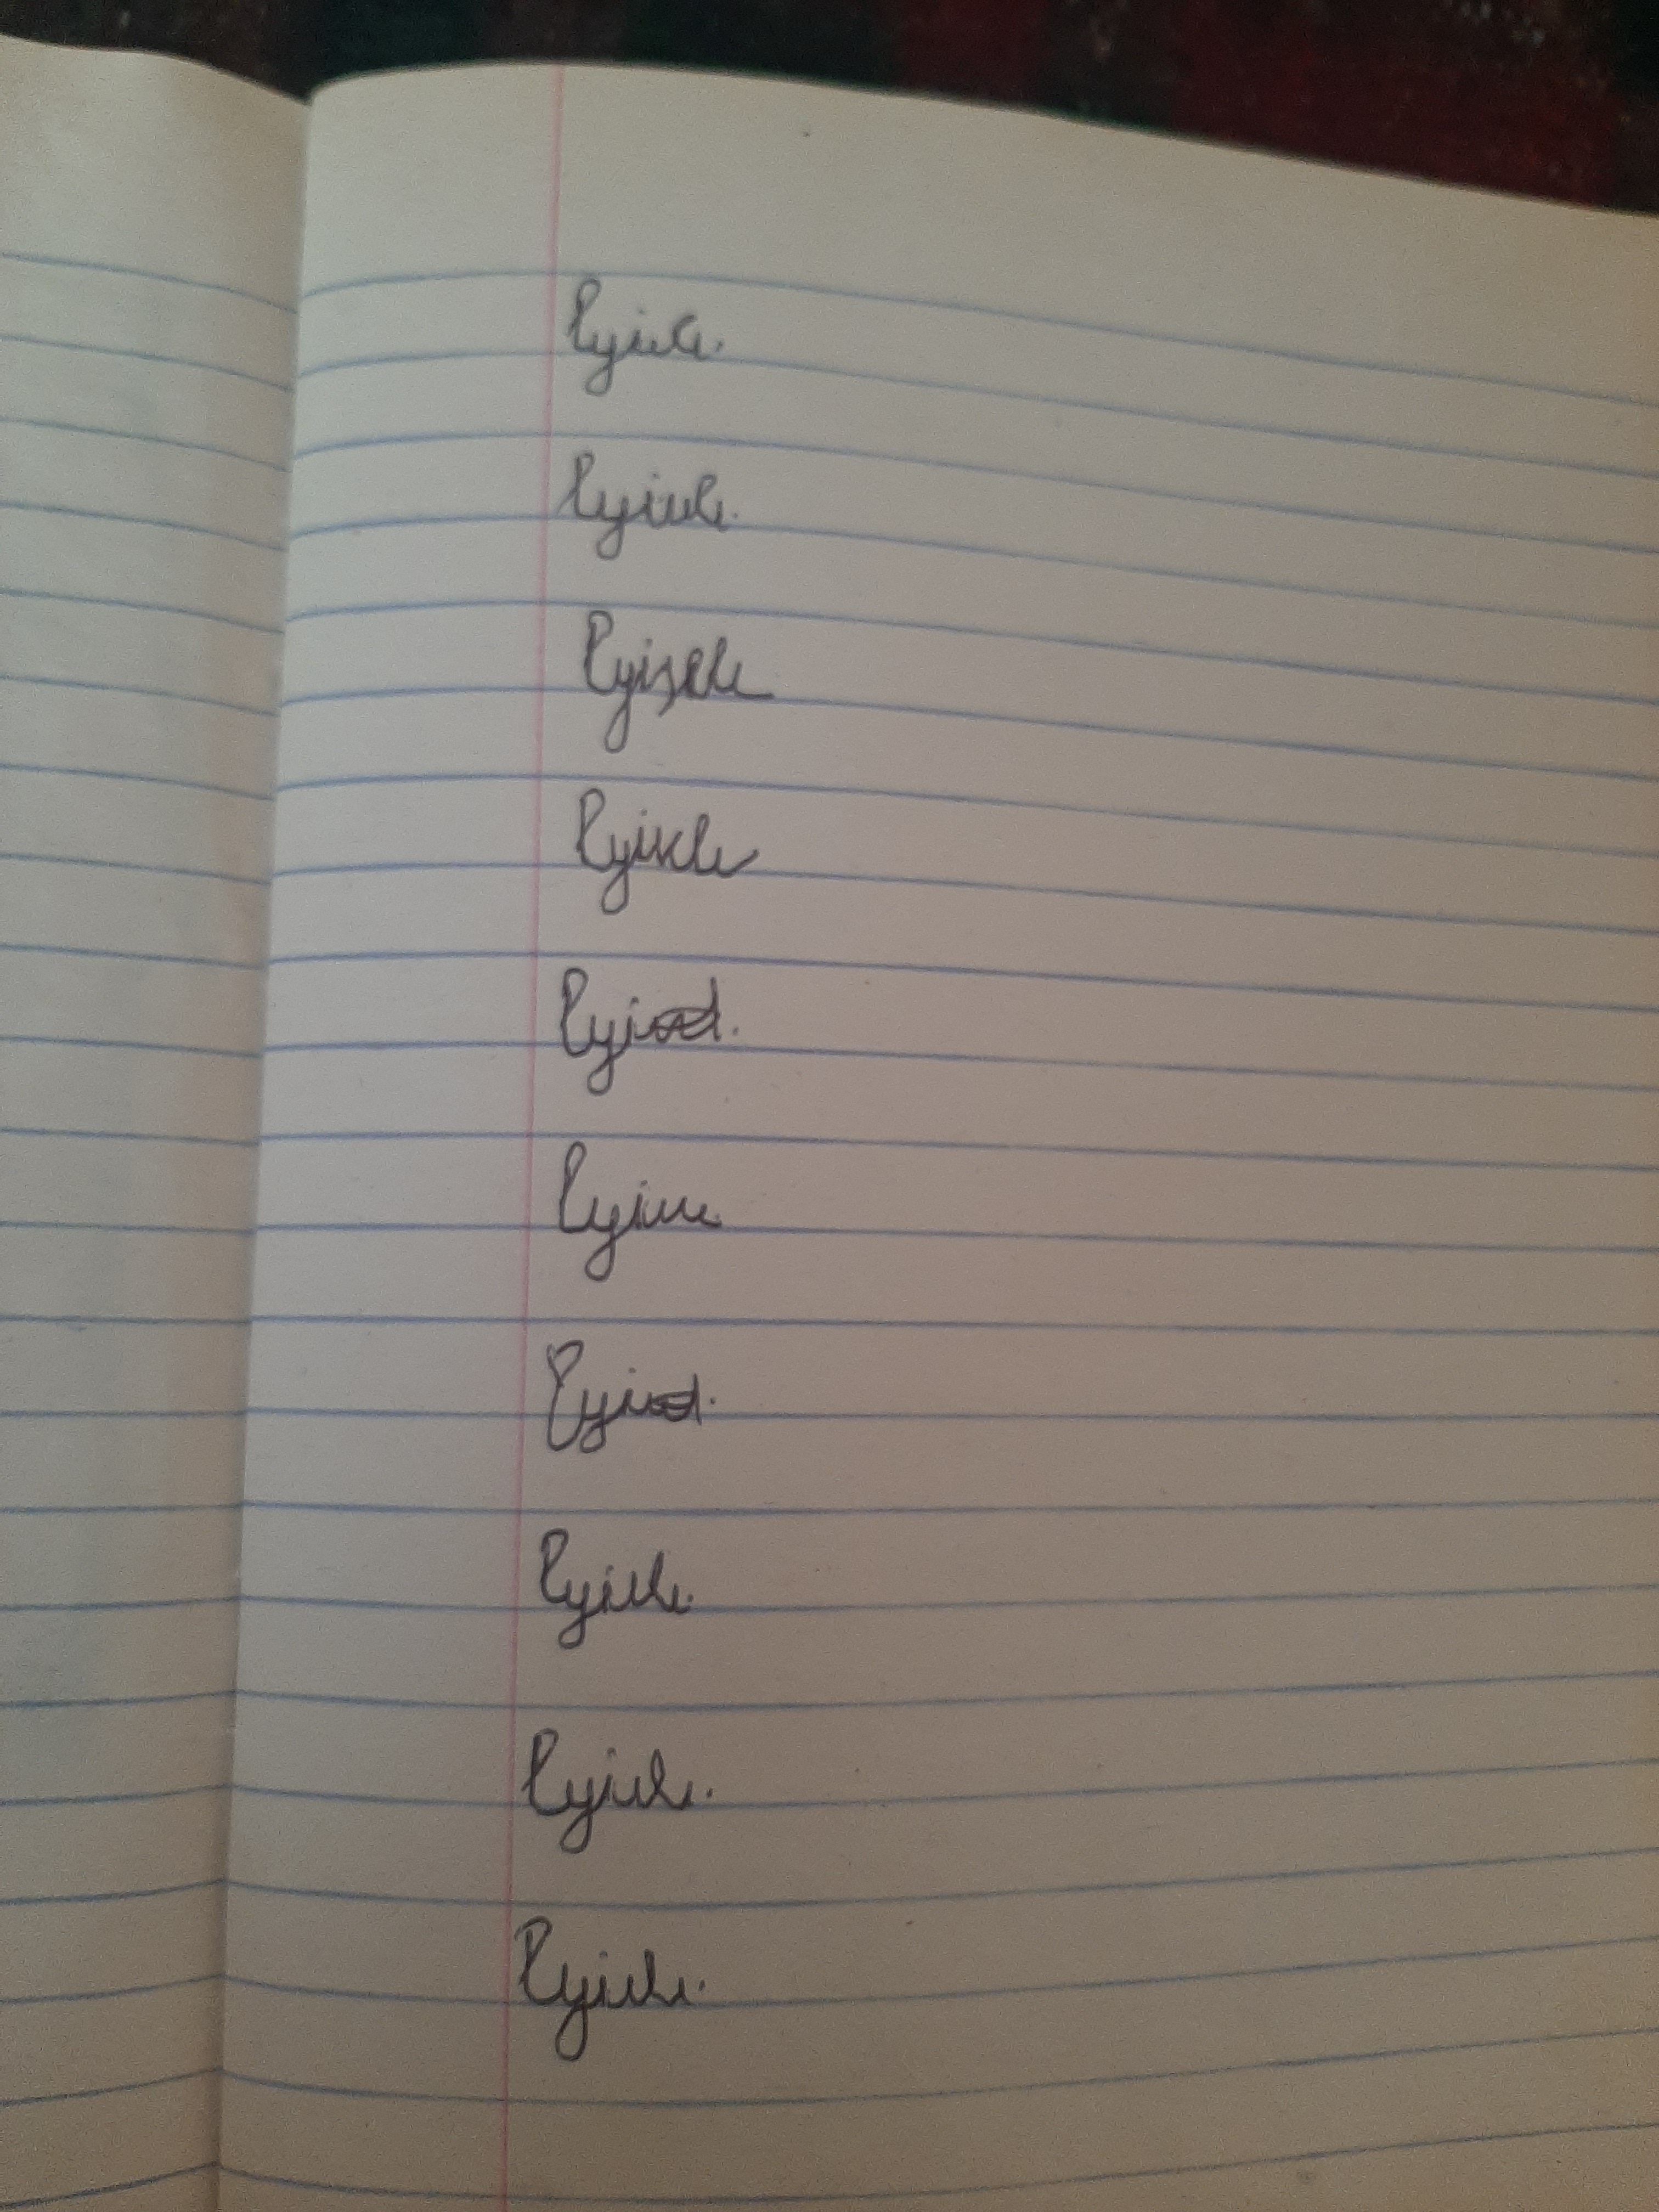
Signature authenticity: forged